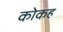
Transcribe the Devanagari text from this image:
कोकह